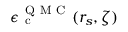
\epsilon _ { \mathrm { ~ c ~ } } ^ { \mathrm { ~ Q ~ M ~ C ~ } } ( r _ { s } , \zeta )